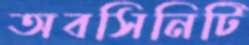
অবসিনিটি